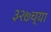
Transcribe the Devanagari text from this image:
३२७च्या